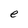
Character: e